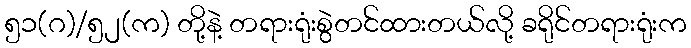
၅၁(ဂ)/၅၂(က) တို့နဲ့ တရားရုံးစွဲတင်ထားတယ်လို့ ခရိုင်တရားရုံးက